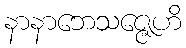
နာနာဘေသဇ္ဇေဟိ